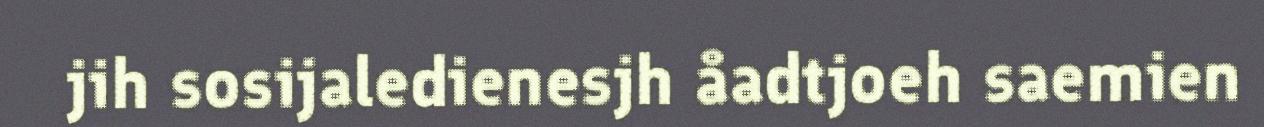
jih sosijaledienesjh åadtjoeh saemien